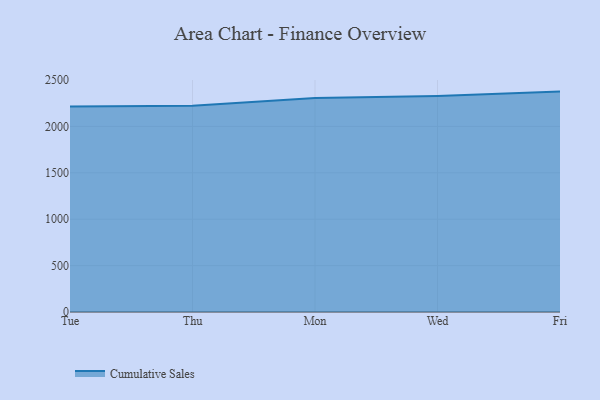
{"axis": {"x": "Day", "y": "Active Users"}, "legend": ["Cumulative Sales"], "data": [{"x": "Tue", "y": 2215.4, "type": "Cumulative Sales"}, {"x": "Thu", "y": 2222.7, "type": "Cumulative Sales"}, {"x": "Mon", "y": 2305.6, "type": "Cumulative Sales"}, {"x": "Wed", "y": 2326.8, "type": "Cumulative Sales"}, {"x": "Fri", "y": 2375.4, "type": "Cumulative Sales"}]}